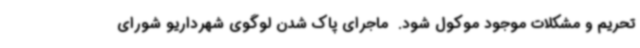
تحریم و مشکلات موجود موکول شود. ‌ ماجرای پاک شدن لوگوی شهرداریو شورای